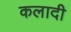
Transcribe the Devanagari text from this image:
कलादी